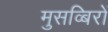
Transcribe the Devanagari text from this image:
मुसव्बिरों